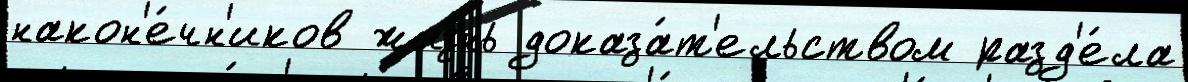
након'е́чн'иков жизнь доказа́т'ельством разд'е́ла